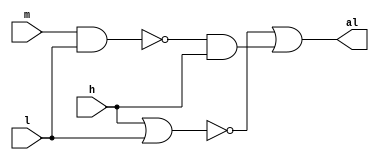
// Declarao do mdulo
module alarm(h, m, l, al);
	
	// Declarao das portas
	input h, m, l;
	output al;
	
	// Declarao de fios intermedirios
	wire w1, w2, w3, w4;
	
	// Lgica do circuito
	nand nand0 (w1, m, l);
	and and0 (w4, w1, h);
	nor nor0 (w2, h, l);
	or or1 (al, w2, w4);
	
endmodule